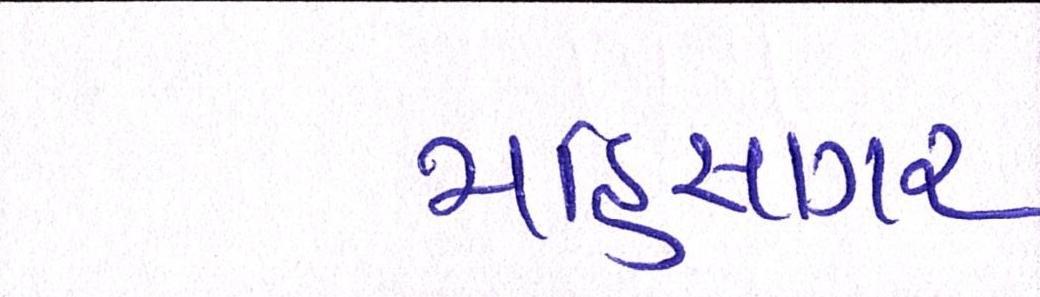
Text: મહિસાગર